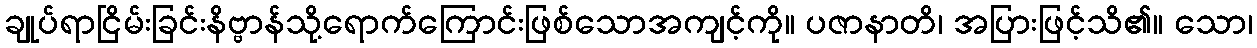
ချုပ်ရာငြိမ်းခြင်းနိဗ္ဗာန်သို့ရောက်ကြောင်းဖြစ်သောအကျင့်ကို။ ပဇာနာတိ၊ အပြားဖြင့်သိ၏။ သော၊